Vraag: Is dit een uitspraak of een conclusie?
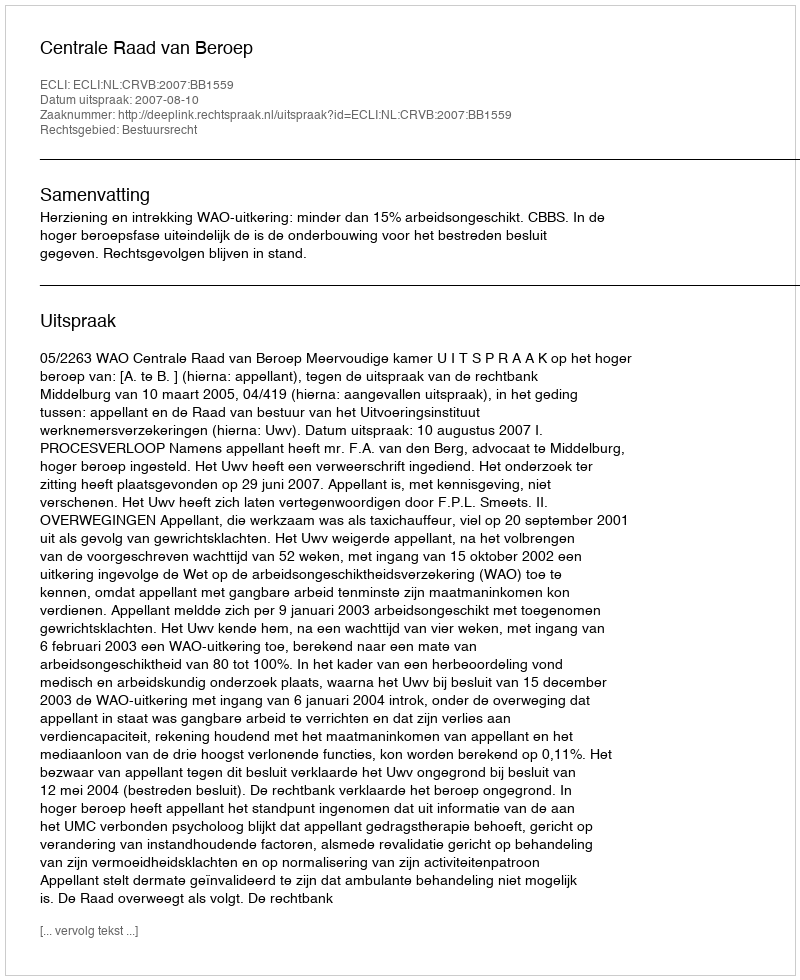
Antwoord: Uitspraak